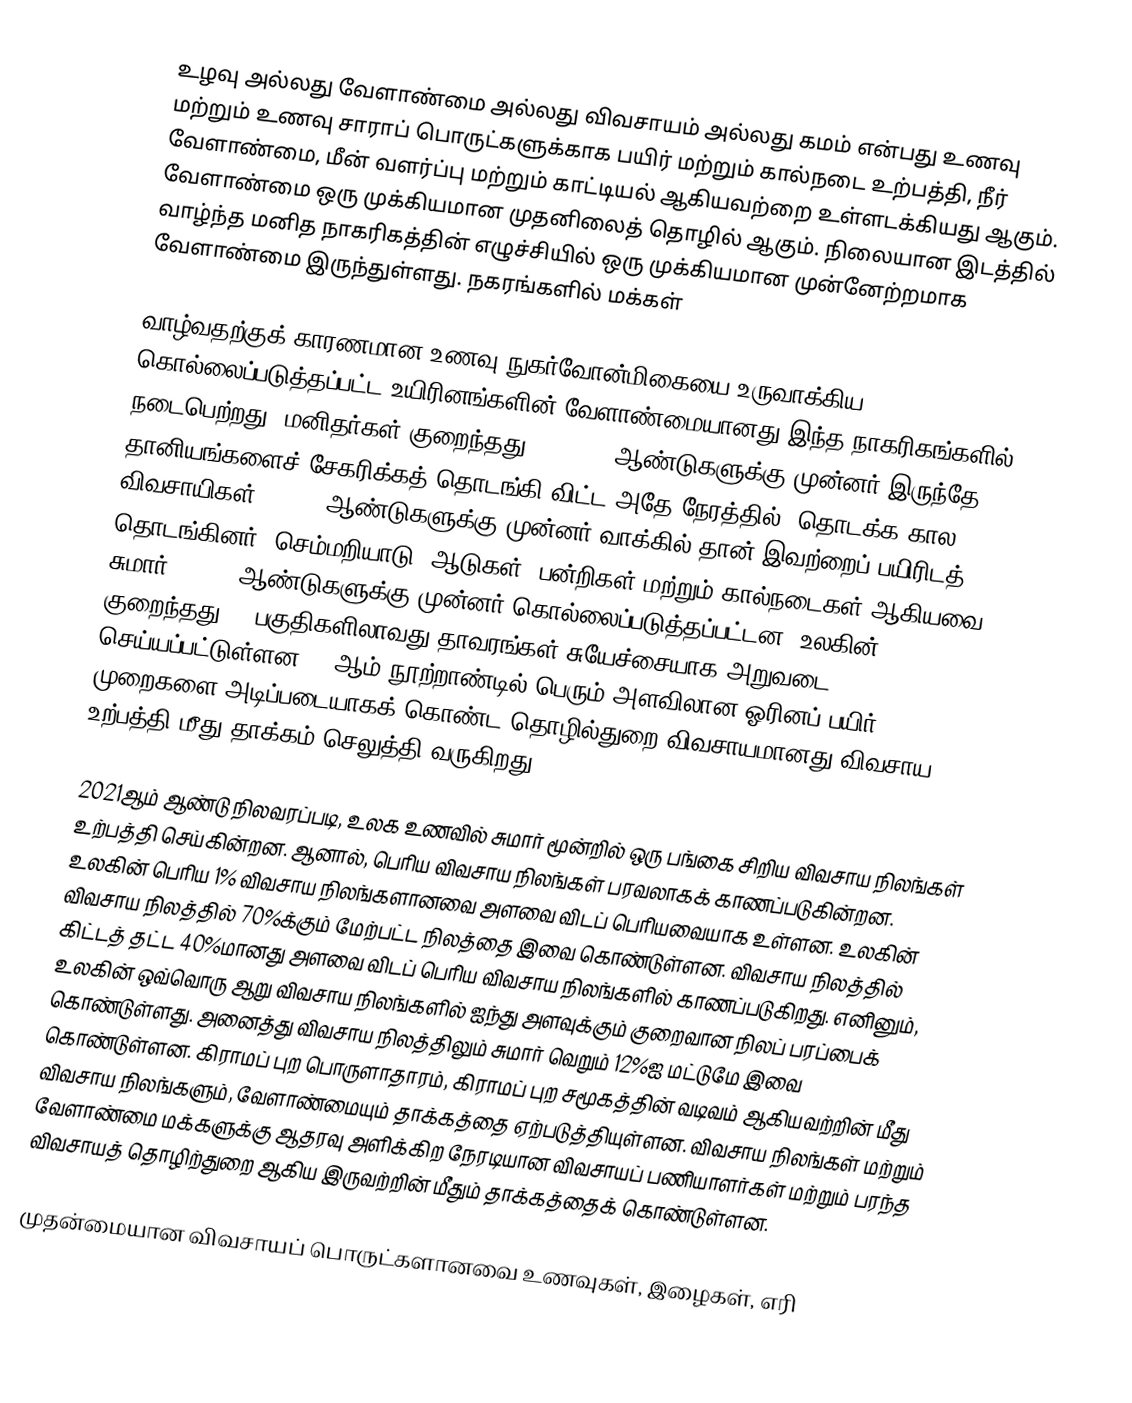
உழவு அல்லது வேளாண்மை அல்லது விவசாயம் அல்லது கமம் என்பது உணவு மற்றும் உணவு சாராப் பொருட்களுக்காக பயிர் மற்றும் கால்நடை உற்பத்தி, நீர் வேளாண்மை, மீன் வளர்ப்பு மற்றும் காட்டியல் ஆகியவற்றை உள்ளடக்கியது ஆகும். வேளாண்மை ஒரு முக்கியமான முதனிலைத் தொழில் ஆகும். நிலையான இடத்தில் வாழ்ந்த மனித நாகரிகத்தின் எழுச்சியில் ஒரு முக்கியமான முன்னேற்றமாக வேளாண்மை இருந்துள்ளது. நகரங்களில் மக்கள்

வாழ்வதற்குக் காரணமான உணவு நுகர்வோன்மிகையை உருவாக்கிய கொல்லைப்படுத்தப்பட்ட உயிரினங்களின் வேளாண்மையானது இந்த நாகரிகங்களில் நடைபெற்றது. மனிதர்கள் குறைந்தது 1,05,000 ஆண்டுகளுக்கு முன்னர் இருந்தே தானியங்களைச் சேகரிக்கத் தொடங்கி விட்ட அதே நேரத்தில், தொடக்க கால விவசாயிகள் 11,500 ஆண்டுகளுக்கு முன்னர் வாக்கில் தான் இவற்றைப் பயிரிடத் தொடங்கினர். செம்மறியாடு, ஆடுகள், பன்றிகள் மற்றும் கால்நடைகள் ஆகியவை சுமார் 10,000 ஆண்டுகளுக்கு முன்னர் கொல்லைப்படுத்தப்பட்டன. உலகின் குறைந்தது 11 பகுதிகளிலாவது தாவரங்கள் சுயேச்சையாக அறுவடை செய்யப்பட்டுள்ளன. 20ஆம் நூற்றாண்டில் பெரும் அளவிலான ஓரினப் பயிர் முறைகளை அடிப்படையாகக் கொண்ட தொழில்துறை விவசாயமானது விவசாய உற்பத்தி மீது தாக்கம் செலுத்தி வருகிறது.

2021ஆம் ஆண்டு நிலவரப்படி, உலக உணவில் சுமார் மூன்றில் ஒரு பங்கை சிறிய விவசாய நிலங்கள் உற்பத்தி செய்கின்றன. ஆனால், பெரிய விவசாய நிலங்கள் பரவலாகக் காணப்படுகின்றன. உலகின் பெரிய 1% விவசாய நிலங்களானவை  அளவை விடப் பெரியவையாக உள்ளன. உலகின் விவசாய நிலத்தில் 70%க்கும் மேற்பட்ட நிலத்தை இவை கொண்டுள்ளன. விவசாய நிலத்தில் கிட்டத் தட்ட 40%மானது  அளவை விடப் பெரிய விவசாய நிலங்களில் காணப்படுகிறது. எனினும், உலகின் ஒவ்வொரு ஆறு விவசாய நிலங்களில் ஐந்து  அளவுக்கும் குறைவான நிலப் பரப்பைக் கொண்டுள்ளது. அனைத்து விவசாய நிலத்திலும் சுமார் வெறும் 12%ஐ மட்டுமே இவை கொண்டுள்ளன. கிராமப் புற பொருளாதாரம், கிராமப் புற சமூகத்தின் வடிவம் ஆகியவற்றின் மீது விவசாய நிலங்களும், வேளாண்மையும் தாக்கத்தை ஏற்படுத்தியுள்ளன. விவசாய நிலங்கள் மற்றும் வேளாண்மை மக்களுக்கு ஆதரவு அளிக்கிற நேரடியான விவசாயப் பணியாளர்கள் மற்றும் பரந்த விவசாயத் தொழிற்துறை ஆகிய இருவற்றின் மீதும் தாக்கத்தைக் கொண்டுள்ளன.

முதன்மையான விவசாயப் பொருட்களானவை உணவுகள், இழைகள், எரி